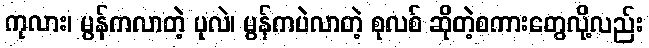
ကုလား၊ မွန်ကလာတဲ့ ပုလဲ၊ မွန်ကပဲလာတဲ့ စုလစ် ဆိုတဲ့စကားတွေလို့လည်း